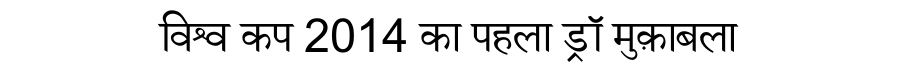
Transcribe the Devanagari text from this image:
विश्व कप 2014 का पहला ड्रॉ मुक़ाबला